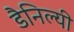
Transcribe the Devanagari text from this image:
डैनिल्यी